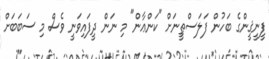
ފީނީޤީންގެ ބަހުން ފަލަސްޠީނަށް "ކަންޢާން" މި ނަން ދީފައިވަނީ ވެސް މި ސަބަބަށް